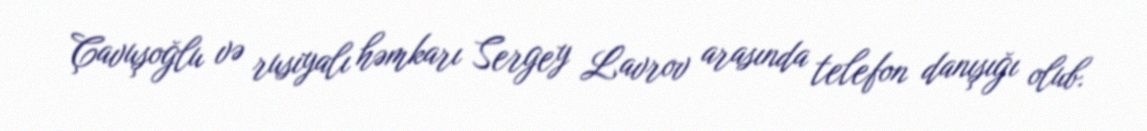
Çavuşoğlu və rusiyalı həmkarı Sergey Lavrov arasında telefon danışığı olub.